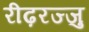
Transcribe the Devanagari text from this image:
रीढ़रज्जु